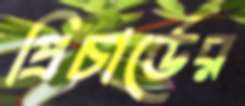
প্রিচার্ডের